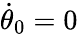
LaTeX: \dot{\theta}_{0}=0